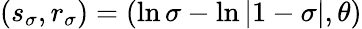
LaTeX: (s_{\sigma},r_{\sigma})=(\ln\sigma-\ln|1-\sigma|,\theta)